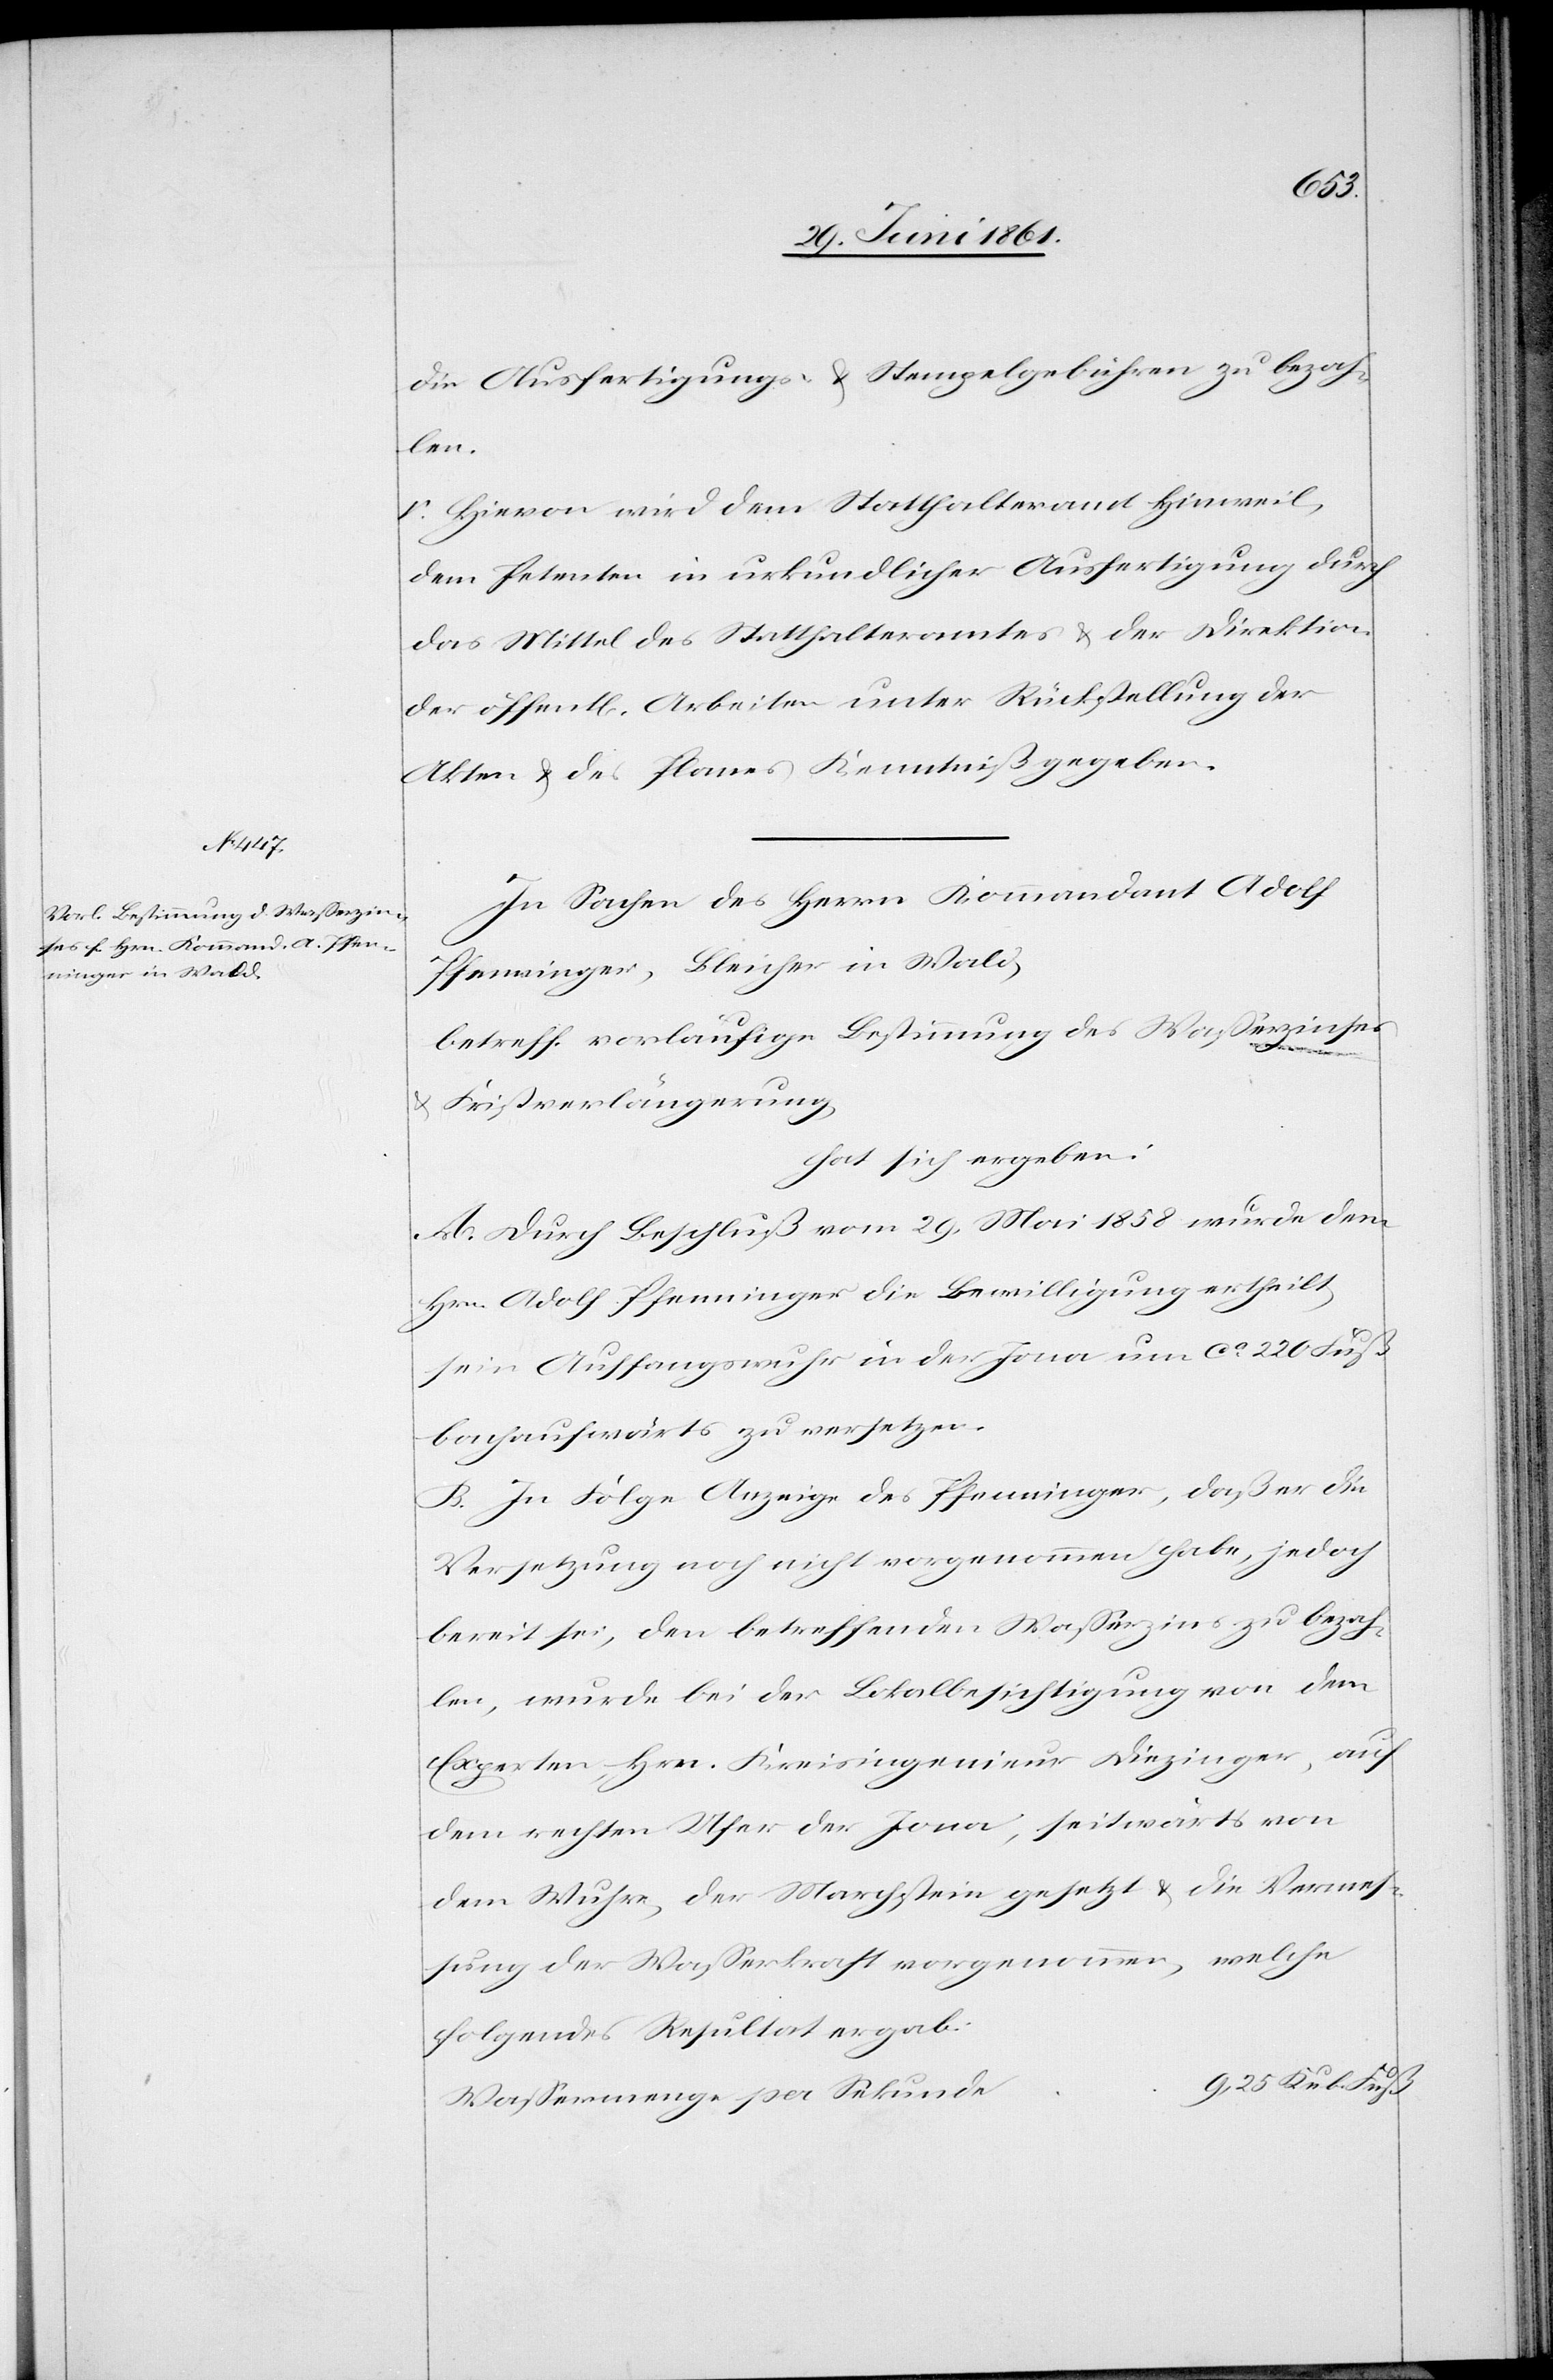
die Ausfertigungs- u. Stempelgebühren zu bezah¬
len.
V. Hievon wird dem Statthalteramt Hinweil,
dem Petenten in urkundlicher Ausfertigung durch
das Mittel des Statthalteramtes u. der Direktion
der öffent[lichen] Arbeiten unter Rückstellung der
Akten u. des Planes Kenntniß gegeben.
In Sachen des Herrn Kommandant Adolf
Pfenninger, Bleicher in Wald,
betreff. vorläufige Bestimmung des Wasserzinses
u. Fristverlängerung,
hat sich ergeben:
A. Durch Beschluß vom 29. Mai 1858 wurde dem
Hrn. Adolf Pfenninger die Bewilligung ertheilt,
sein Auffangswuhr in der Jona um ca 220 Fuß
bachaufwärts zu versetzen.
B. In Folge Anzeige des Pfenninger, daß er die
Versetzung noch nicht vorgenommen habe, jedoch
bereit sei, den betreffenden Wasserzins zu bezah¬
len, wurde bei der Lokalbesichtigung von dem
Experten Hrn. Kreisingenieur Diezinger, auf
dem rechten Ufer der Jona, seitwärts von
dem Wuhre, der Marchstein gesetzt u. die Vermes¬
sung der Wasserkraft vorgenommen, welche
folgendes Resultat ergab:
e		9,25 Kub. Fuß
Wassermenge per Sekund¬